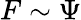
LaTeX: F\sim\Psi